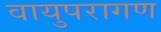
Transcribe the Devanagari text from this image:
वायुपरागण